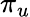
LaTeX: \pi_{u}